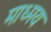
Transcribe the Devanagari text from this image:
माध्मय